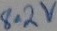
Text: 8.2V